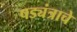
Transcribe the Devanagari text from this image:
षड्यंत्राचे